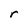
Character: r